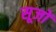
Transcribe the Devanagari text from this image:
सूजों